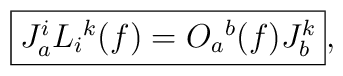
\fbox{$J_{a}^{i} L_{i}{}^{k}(f) = O_{a}{}^{b}(f) J_{b}^{k}$},